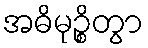
အဓိမုဉ္စိတွာ